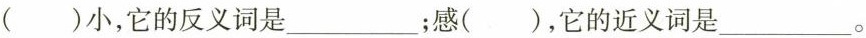
( )小，它的反义词是 ___；感( )，它的近义词是___。